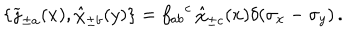
\{ \widetilde \jmath _ { \pm a } ( x ) , \hat { \chi } _ { \pm b } ( y ) \} = { f _ { a b } } ^ { c } \, \hat { \chi } _ { \pm c } ( x ) \delta ( \sigma _ { x } - \sigma _ { y } ) \, .